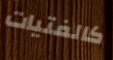
كالفتيات